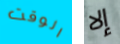
الوقت إلا